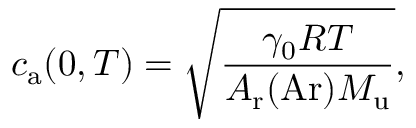
c _ { \mathrm { a } } ( 0 , T ) = { \sqrt { \frac { \gamma _ { 0 } R T } { A _ { \mathrm { r } } ( \mathrm { A r } ) M _ { \mathrm { u } } } } } ,